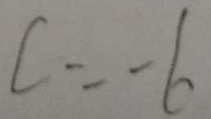
c = - 6